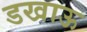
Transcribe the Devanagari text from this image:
डखाऊ